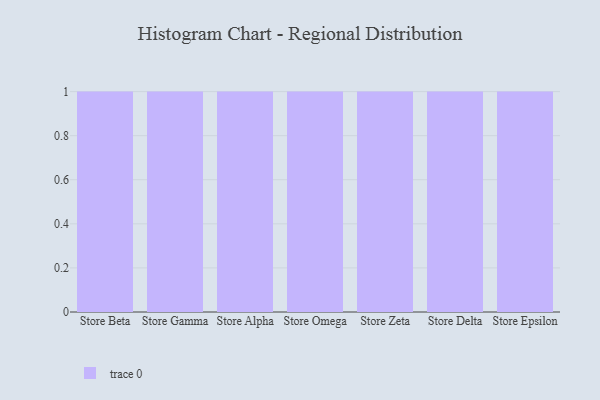
{"axis": {"x": "Store", "y": "Churn Rate (%)"}, "legend": [""], "data": [{"x": "Store Beta", "y": 66, "type": ""}, {"x": "Store Gamma", "y": 14, "type": ""}, {"x": "Store Alpha", "y": 27, "type": ""}, {"x": "Store Omega", "y": 74, "type": ""}, {"x": "Store Zeta", "y": 33, "type": ""}, {"x": "Store Delta", "y": 48, "type": ""}, {"x": "Store Epsilon", "y": 20, "type": ""}]}